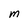
Character: m